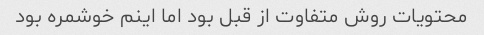
محتویات روش متفاوت از قبل بود اما اینم خوشمره بود